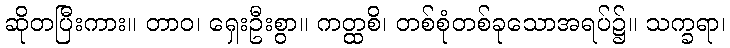
ဆိုတပြီးကား။ တာဝ၊ ရှေးဦးစွာ။ ကတ္ထစိ၊ တစ်စုံတစ်ခုသောအရပ်၌။ သက္ခရာ၊